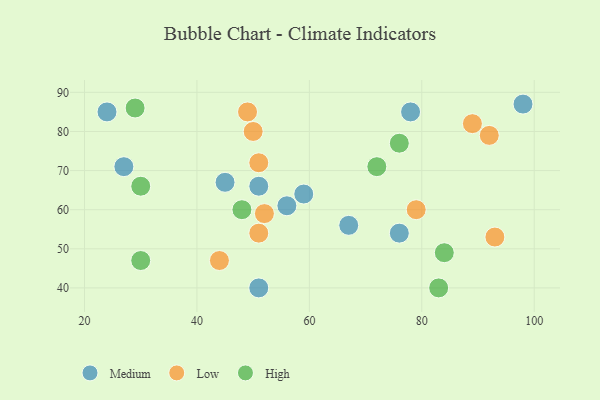
{"axis": {"x": "GDP", "y": "Life Expectancy"}, "legend": ["High", "Low", "Medium"], "data": [{"x": "59", "y": 64, "type": "Medium"}, {"x": "98", "y": 87, "type": "Medium"}, {"x": "78", "y": 85, "type": "Medium"}, {"x": "67", "y": 56, "type": "Medium"}, {"x": "76", "y": 54, "type": "Medium"}, {"x": "56", "y": 61, "type": "Medium"}, {"x": "51", "y": 66, "type": "Medium"}, {"x": "24", "y": 85, "type": "Medium"}, {"x": "45", "y": 67, "type": "Medium"}, {"x": "51", "y": 40, "type": "Medium"}, {"x": "27", "y": 71, "type": "Medium"}, {"x": "51", "y": 72, "type": "Low"}, {"x": "44", "y": 47, "type": "Low"}, {"x": "51", "y": 54, "type": "Low"}, {"x": "49", "y": 85, "type": "Low"}, {"x": "50", "y": 80, "type": "Low"}, {"x": "89", "y": 82, "type": "Low"}, {"x": "92", "y": 79, "type": "Low"}, {"x": "93", "y": 53, "type": "Low"}, {"x": "79", "y": 60, "type": "Low"}, {"x": "52", "y": 59, "type": "Low"}, {"x": "48", "y": 60, "type": "High"}, {"x": "30", "y": 66, "type": "High"}, {"x": "72", "y": 71, "type": "High"}, {"x": "84", "y": 49, "type": "High"}, {"x": "30", "y": 47, "type": "High"}, {"x": "83", "y": 40, "type": "High"}, {"x": "29", "y": 86, "type": "High"}, {"x": "76", "y": 77, "type": "High"}]}